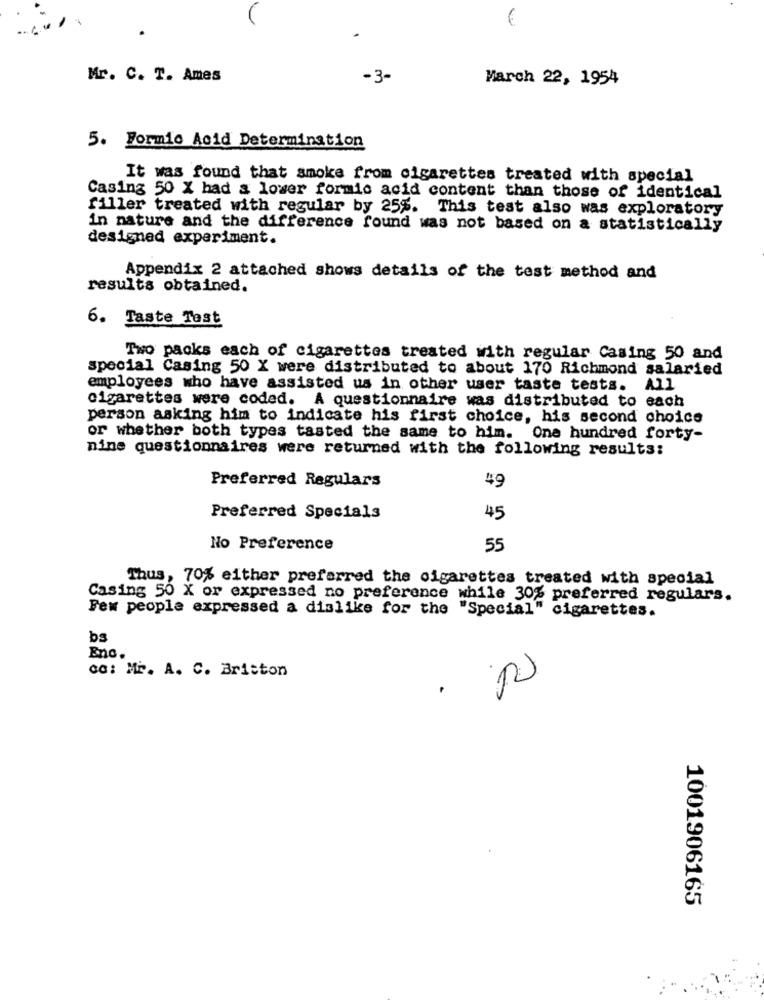
€
Mr. C. T. Ames
-3-
March 22, 1954
5. Formio Acid Determination
It was found that smoke from cigarettes treated with special
Casing 50 X had a lower formic acid content than those of identical
filler treated with regular by 25%. This test also was exploratory
In nature and the difference found was not based on a statistically
designed experiment.
Appendix 2 attached shows details of the test method and
results obtained.
6. Taste Test
Two packs each of cigarettes treated with regular Casing 50 and
special Casing 50 X were distributed to about 170 Richmond salaried
employees who have assisted us in other user taste tests. All
cigarettes were coded. A questionnaire was distributed to each
person asking him to indicate his first choice, his second choice
or whether both types tasted the same to him. One hundred forty-
nine questionnaires were returned with the following results:
Preferred Regulars
49
Preferred Specials
45
No Preference
55
Thus, 70% either preferred the cigarettes treated with special
Casing 50 X or expressed no preference while 30% preferred regulars.
Few people expressed a dislike for the "Special" cigarettes.
bs
Enc.
ca: Mr. A. C. Britton
.
1001906165